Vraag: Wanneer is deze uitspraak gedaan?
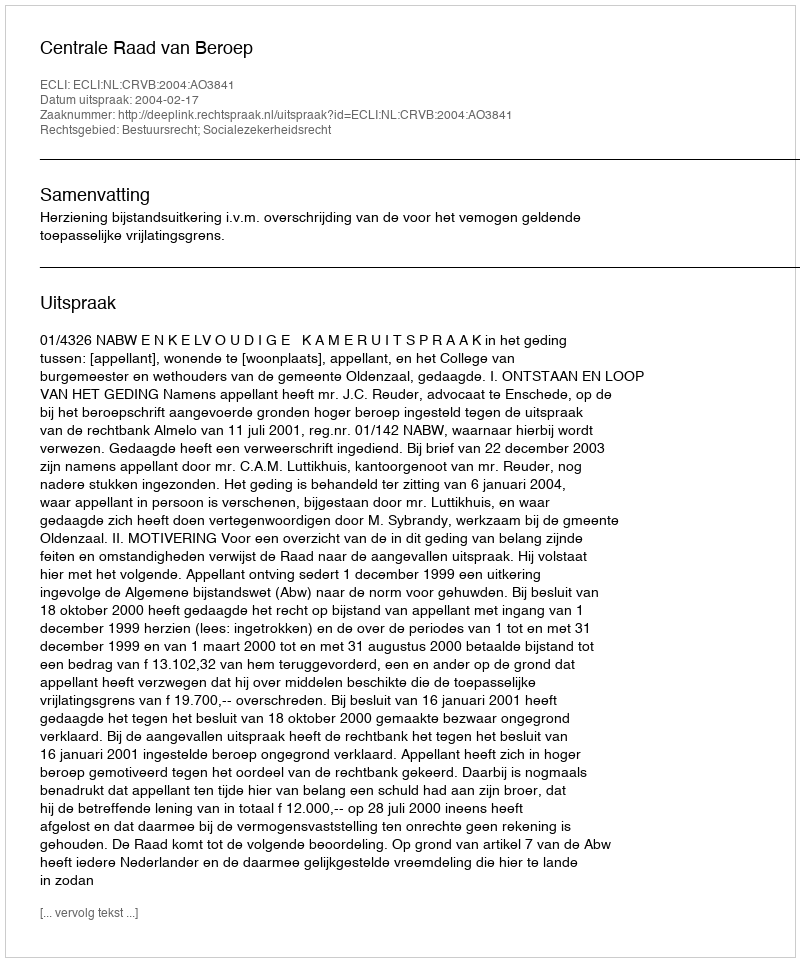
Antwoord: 2004-02-17